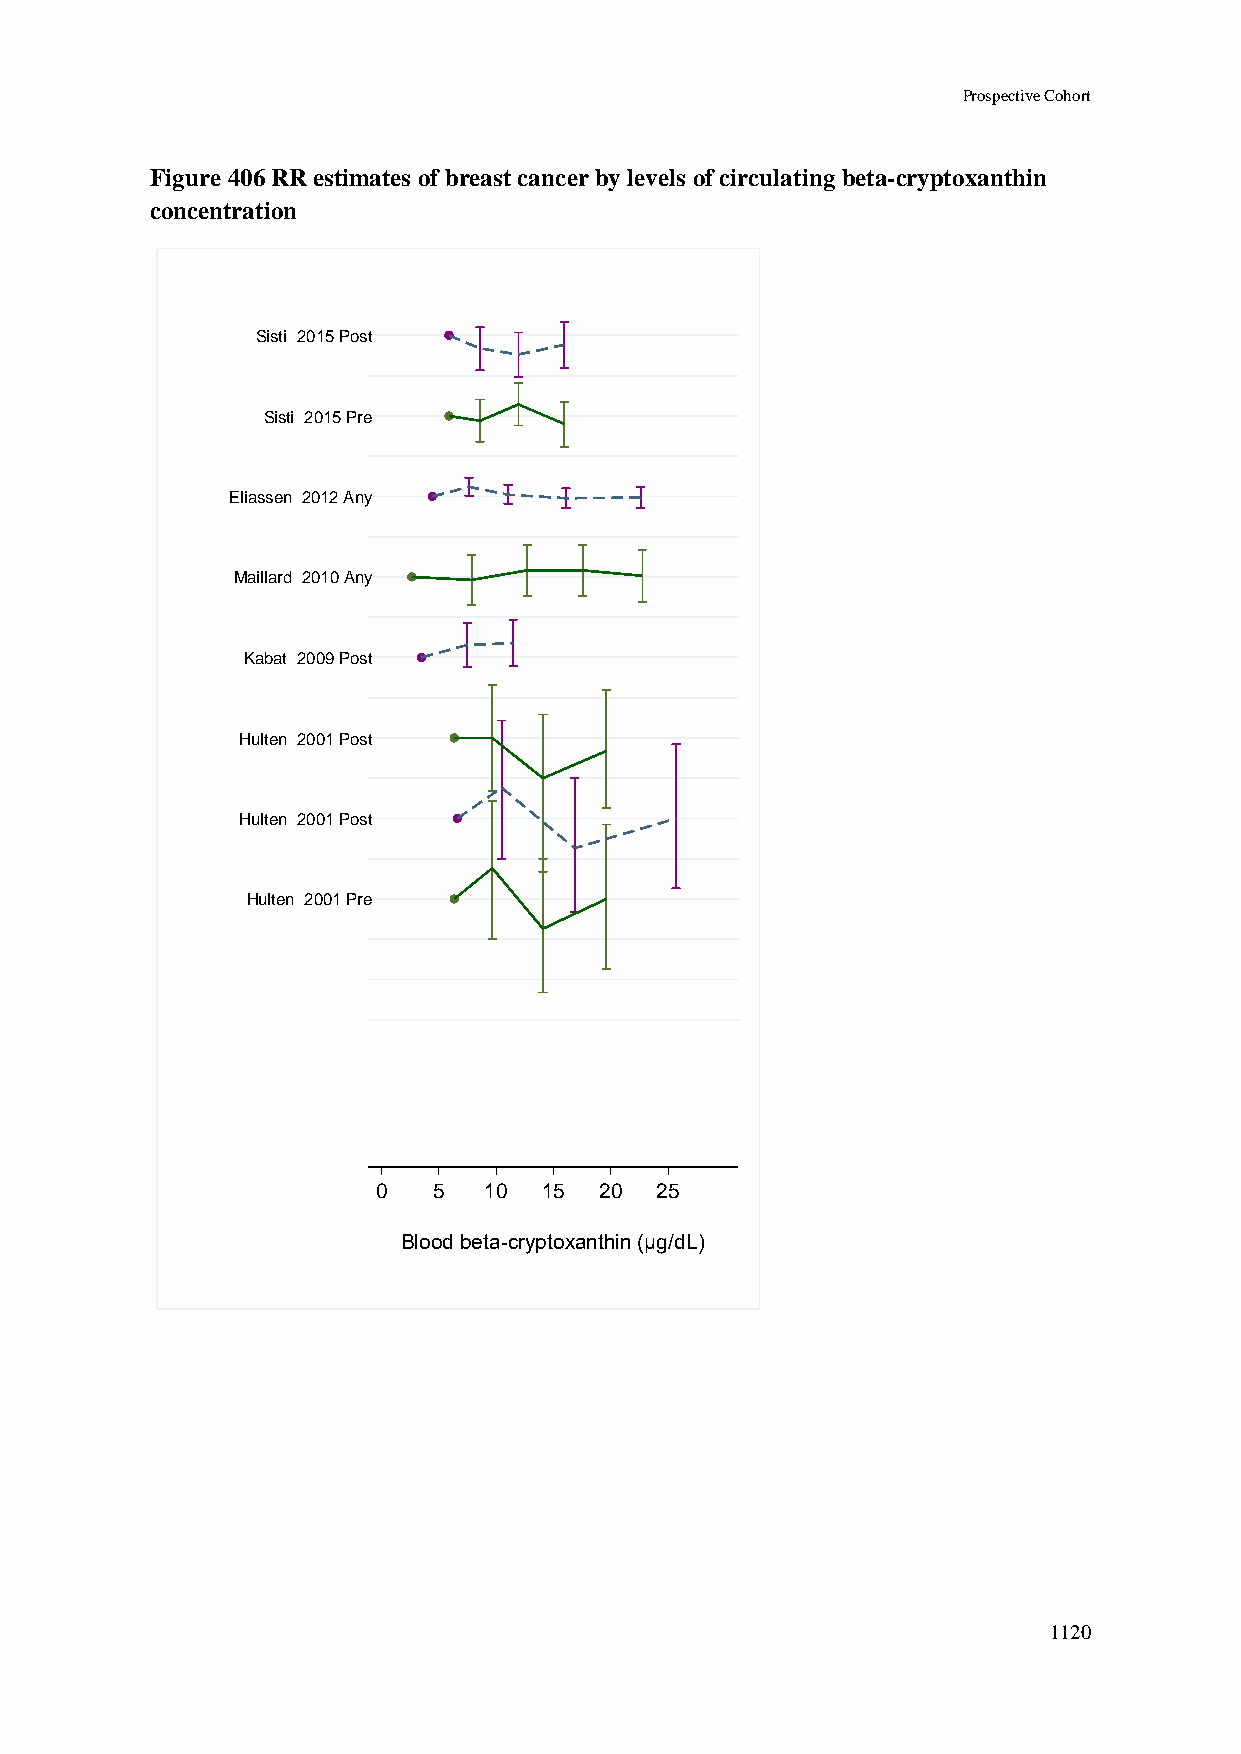
Prospective Cohort
 Figure 406 RR estimates of breast cancer by levels of circulating beta-cryptoxanthin
 concentration
 Sisti 2015 Post
 Sisti 2015 Pre
 Eliassen 2012 Any
 Maillard 2010 Any
 Kabat 2009 Post
 Hulten 2001 Post
 Hulten 2001 Post
 Hulten 2001 Pre
 0   5  10  15  20 25
 Blood beta-cryptoxanthin (µg/dL)
 1120